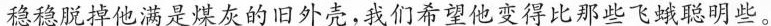
稳稳脱掉他满是煤灰的旧外壳，我们希望他变得比那些飞蛾聪明些。